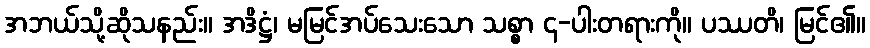
အဘယ်သို့ဆိုသနည်း။ အဒိဋ္ဌံ၊ မမြင်အပ်သေးသော သစ္စာ ၄-ပါးတရားကို။ ပဿတိ၊ မြင်၏။